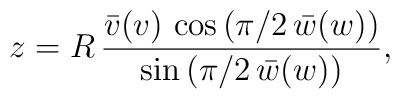
z=R\,\frac{\bar v(v)\,\cos \left( \pi/2\,\bar w(w)\right) }{\sin\left( \pi/2\,\bar w(w)\right) },